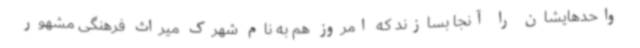
واحدهایشان را آنجا بسازند که امروز هم به نام شهرک میراث فرهنگی مشهور